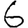
Digit: 6